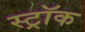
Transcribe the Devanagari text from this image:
स्ट्रॉक